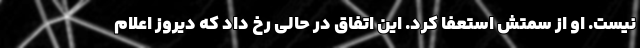
نیست. او از سمتش استعفا کرد. این اتفاق در حالی رخ داد که دیروز اعلام